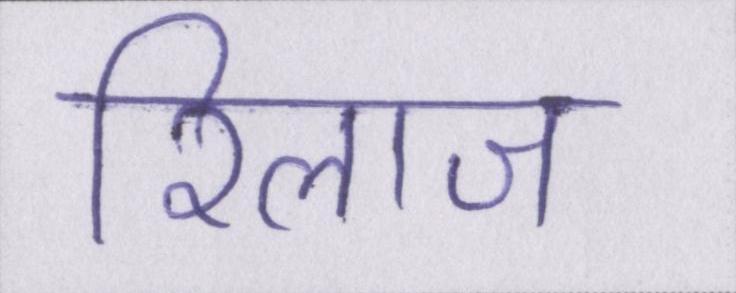
रिलाज